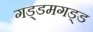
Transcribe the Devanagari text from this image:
गड्डमगड्ड